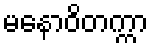
မနောဝိတက္ကာ